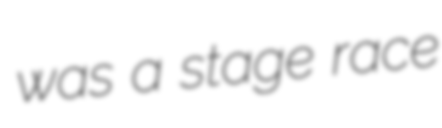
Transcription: was a stage race